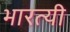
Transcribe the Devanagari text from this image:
भारत्यी